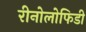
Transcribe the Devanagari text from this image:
रीनोलोफिडी